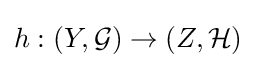
h:(Y,{\mathcal {G}})\to (Z,{\mathcal {H}})